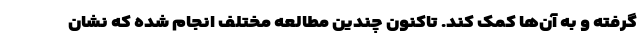
گرفته و به آن‌ها کمک کند. تاکنون چندین مطالعه مختلف انجام شده که نشان